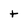
Character: t